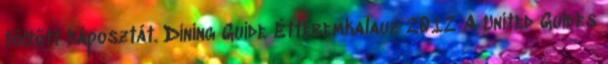
töltött káposztát. Dining Guide Étteremkalauz 2012 A United Guides